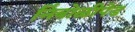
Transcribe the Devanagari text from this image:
निंबोळीपेड